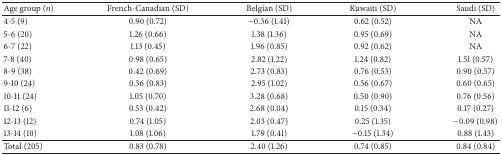
<table><thead><tr><td><b>Age group (<i>n</i>) </b></td><td><b>French-Canadian (SD) </b></td><td><b>Belgian (SD)</b></td><td><b>Kuwaiti (SD)</b></td><td><b>Saudi (SD)</b></td></tr></thead><tbody><tr><td>4-5 (9)</td><td>0.90 (0.72)</td><td>−0.36 (1.41)</td><td>0.62 (0.52)</td><td>NA</td></tr><tr><td>5-6 (20)</td><td>1.26 (0.66)</td><td>1.38 (1.36)</td><td>0.95 (0.69)</td><td>NA</td></tr><tr><td>6-7 (22)</td><td>1.13 (0.45)</td><td>1.96 (0.85)</td><td>0.92 (0.62)</td><td>NA</td></tr><tr><td>7-8 (40)</td><td>0.98 (0.65)</td><td>2.82 (1.22)</td><td>1.24 (0.82)</td><td>1.51 (0.57)</td></tr><tr><td>8-9 (38)</td><td>0.42 (0.69)</td><td>2.73 (0.83)</td><td>0.76 (0.53)</td><td>0.90 (0.57)</td></tr><tr><td>9-10 (24)</td><td>0.36 (0.83)</td><td>2.95 (1.02)</td><td>0.56 (0.67)</td><td>0.60 (0.65)</td></tr><tr><td>10-11 (24)</td><td>1.05 (0.70)</td><td>3.28 (0.68)</td><td>0.50 (0.90)</td><td>0.76 (0.56)</td></tr><tr><td>11-12 (6)</td><td>0.53 (0.42)</td><td>2.68 (0.04)</td><td>0.15 (0.34)</td><td>0.17 (0.27)</td></tr><tr><td>12-13 (12)</td><td>0.74 (1.05)</td><td>2.03 (0.47)</td><td>0.25 (1.35)</td><td>−0.09 (0.98)</td></tr><tr><td>13-14 (10)</td><td>1.08 (1.06)</td><td>1.79 (0.41)</td><td>−0.15 (1.34)</td><td>0.88 (1.43)</td></tr><tr><td>Total (205)</td><td>0.83 (0.78)</td><td>2.40 (1.26)</td><td>0.74 (0.85)</td><td>0.84 (0.84)</td></tr></tbody></table>